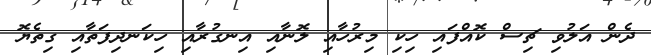
ދެން އަލުވި ޗިސް ކޮއްފައި ހިކި މިރުހާއި ލޮނާއި އިނގުރާއި ހިކަނދިފަތާއި ގިތެޔޮ